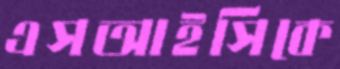
এসআইসিকে